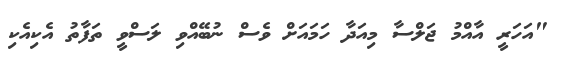
"އަހަރީ އާއްމު ޖަލްސާ މިއަދާ ހަމައަށް ވެސް ނުބޭއްވި ލަސްވީ ތަފާތު އެކިއެކި